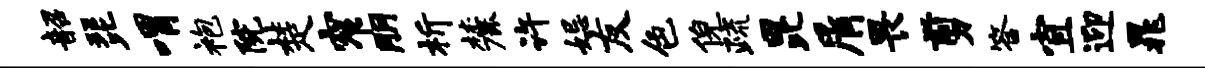
韶琵喟袍院楚窄朋析麓许妃友色倪疏昆屑畏剪答宜迎晁